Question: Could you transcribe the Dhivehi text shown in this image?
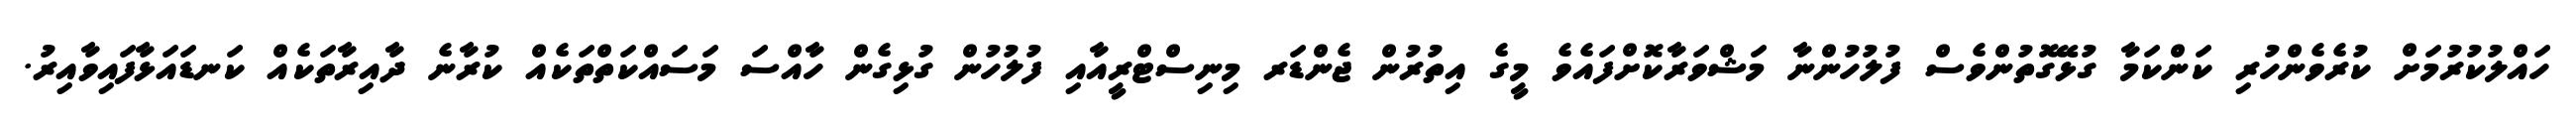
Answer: ހައްލުކުރުމަށް ކުރެވެންހުރި ކަންކަމާ ގުޅޭގޮތުންވެސް ފުލުހުންނާ މަޝްވަރާކޮށްފައެވެ މީގެ އިތުރުން ޖެންޑަރ މިނިސްޓްރީއާއި ފުލުހުން ގުޅިގެން ހާއްސަ މަސައްކަތްތަކެއް ކުރާނެ ދާއިރާތަކެއް ކަނޑައަޅާފައިވާއިރު.